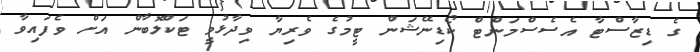
ގެ ޑިޒާސްޓާ އެސެސްމަންޓް ކޯޑިނޭޝަން ޓީމުގެ ވެރިޔާ ވިދާޅުވީ ޓަކްލޮބާން އަށް ވެފައިވާ